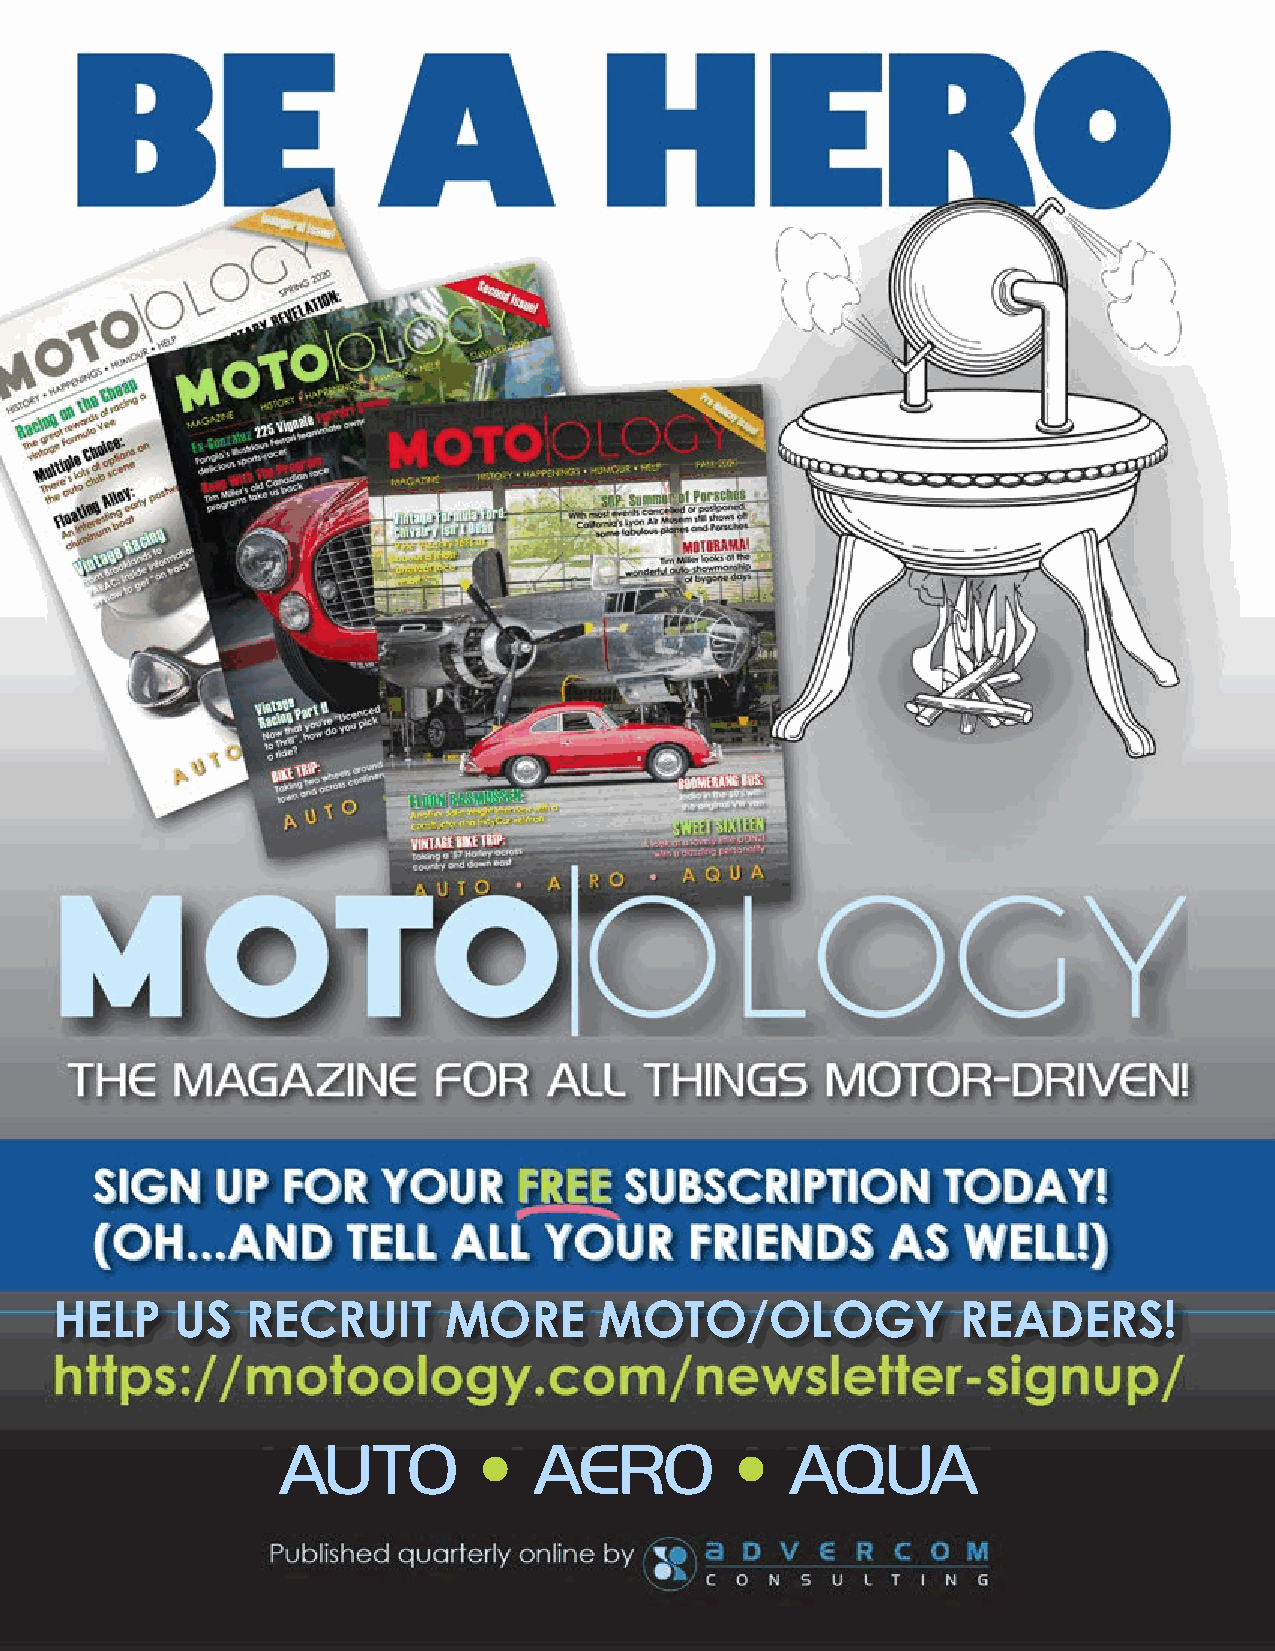
HELP    US  RECRUIT      MORE       MOTO/OLOGY             READERS!
 40                               MAGAZINE   HAPPENINGS • HISTORY • HUMOUR • HELP